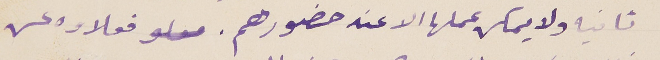
ثانيه ولا يمكن عملها الا عند حضورهم. فعلاوه عن